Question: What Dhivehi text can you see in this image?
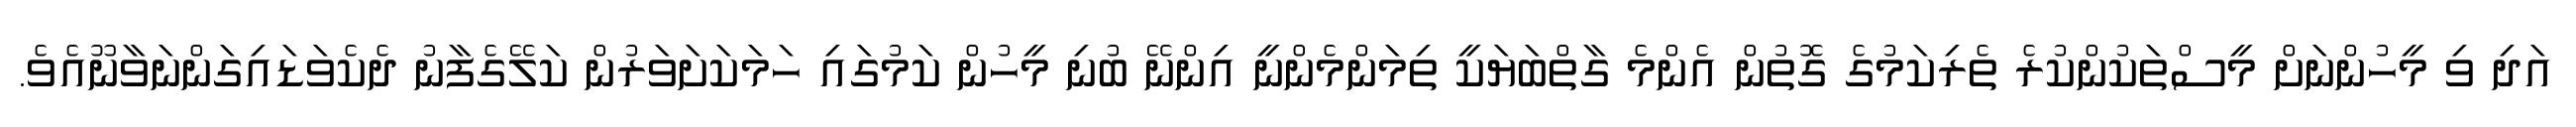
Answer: އަދި ވި މީހުންނަށް މީސްތަކުންކުރެ ތެރިކަމުގެ ގޮތުން އެންމެ ގާތްބަޔަކީ ތިމަންމެންނީ އިންނޭ ބުނި މީހުން ކަމުގައި ހަމަކަށަވަރުން ކަލޭގެފާނު ދެކެވަޑައިގަންނަވާނޫއެވެ.